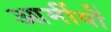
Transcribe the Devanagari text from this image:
आर्मीयों